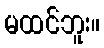
မထင်ဘူး။